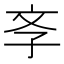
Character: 斈